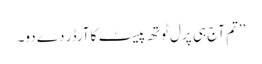
’’تم آج ہی پرل ٹوتھ پیسٹ کا آرڈر دے دو۔